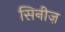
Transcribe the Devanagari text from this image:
सिनीज़